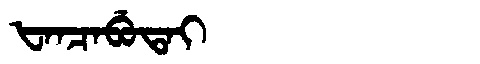
Manchu: ᡶᠠᠨᠴᠠᠪᡠᡨᠠᡳ
Romanization: FANCABUTAI